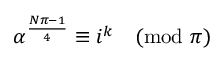
\alpha ^ { \frac { N \pi - 1 } { 4 } } \equiv i ^ { k } { \pmod { \pi } }